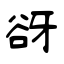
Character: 谺